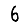
Digit: 6